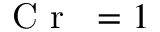
\mathrm { ~ \textit ~ { ~ C ~ r ~ } ~ } = 1